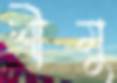
শীমু